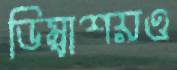
ডিম্বাশয়ও